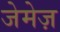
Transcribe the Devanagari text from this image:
जेमेज़